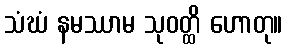
သံဃံ နမဿာမ သုဝတ္ထိ ဟောတု။